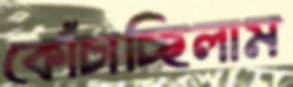
কোঁচাচ্ছিলাম